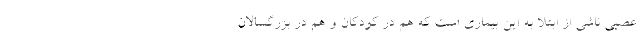
عصبی ناشی از ابتلا به این بیماری است که هم در کودکان و هم در بزرگسالان